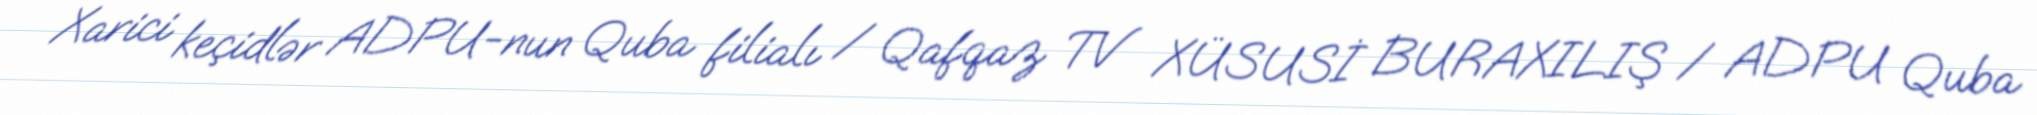
Xarici keçidlər ADPU-nun Quba filialı / Qafqaz TV XÜSUSİ BURAXILIŞ / ADPU Quba